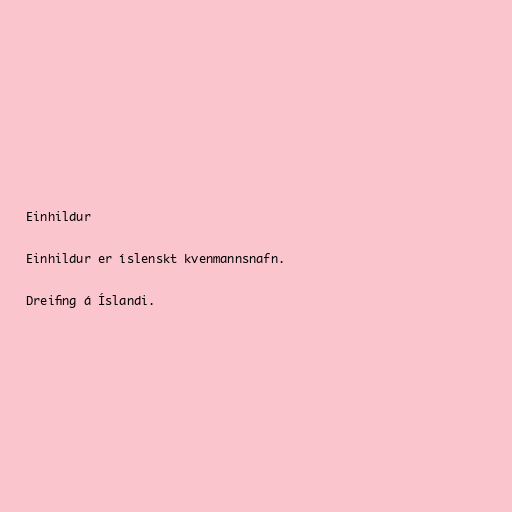
Einhildur

Einhildur er íslenskt kvenmannsnafn.

Dreifing á Íslandi.